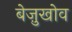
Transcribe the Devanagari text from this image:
बेज़ुखोव